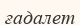
ғадалет